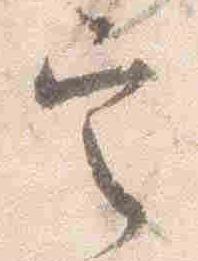
定